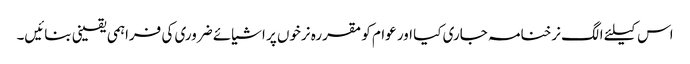
اس کیلئے الگ نرخنامہ جاری کیا اور عوام کو مقررہ نرخوں پر اشیائے ضروری کی فراہمی یقینی بنائیں۔